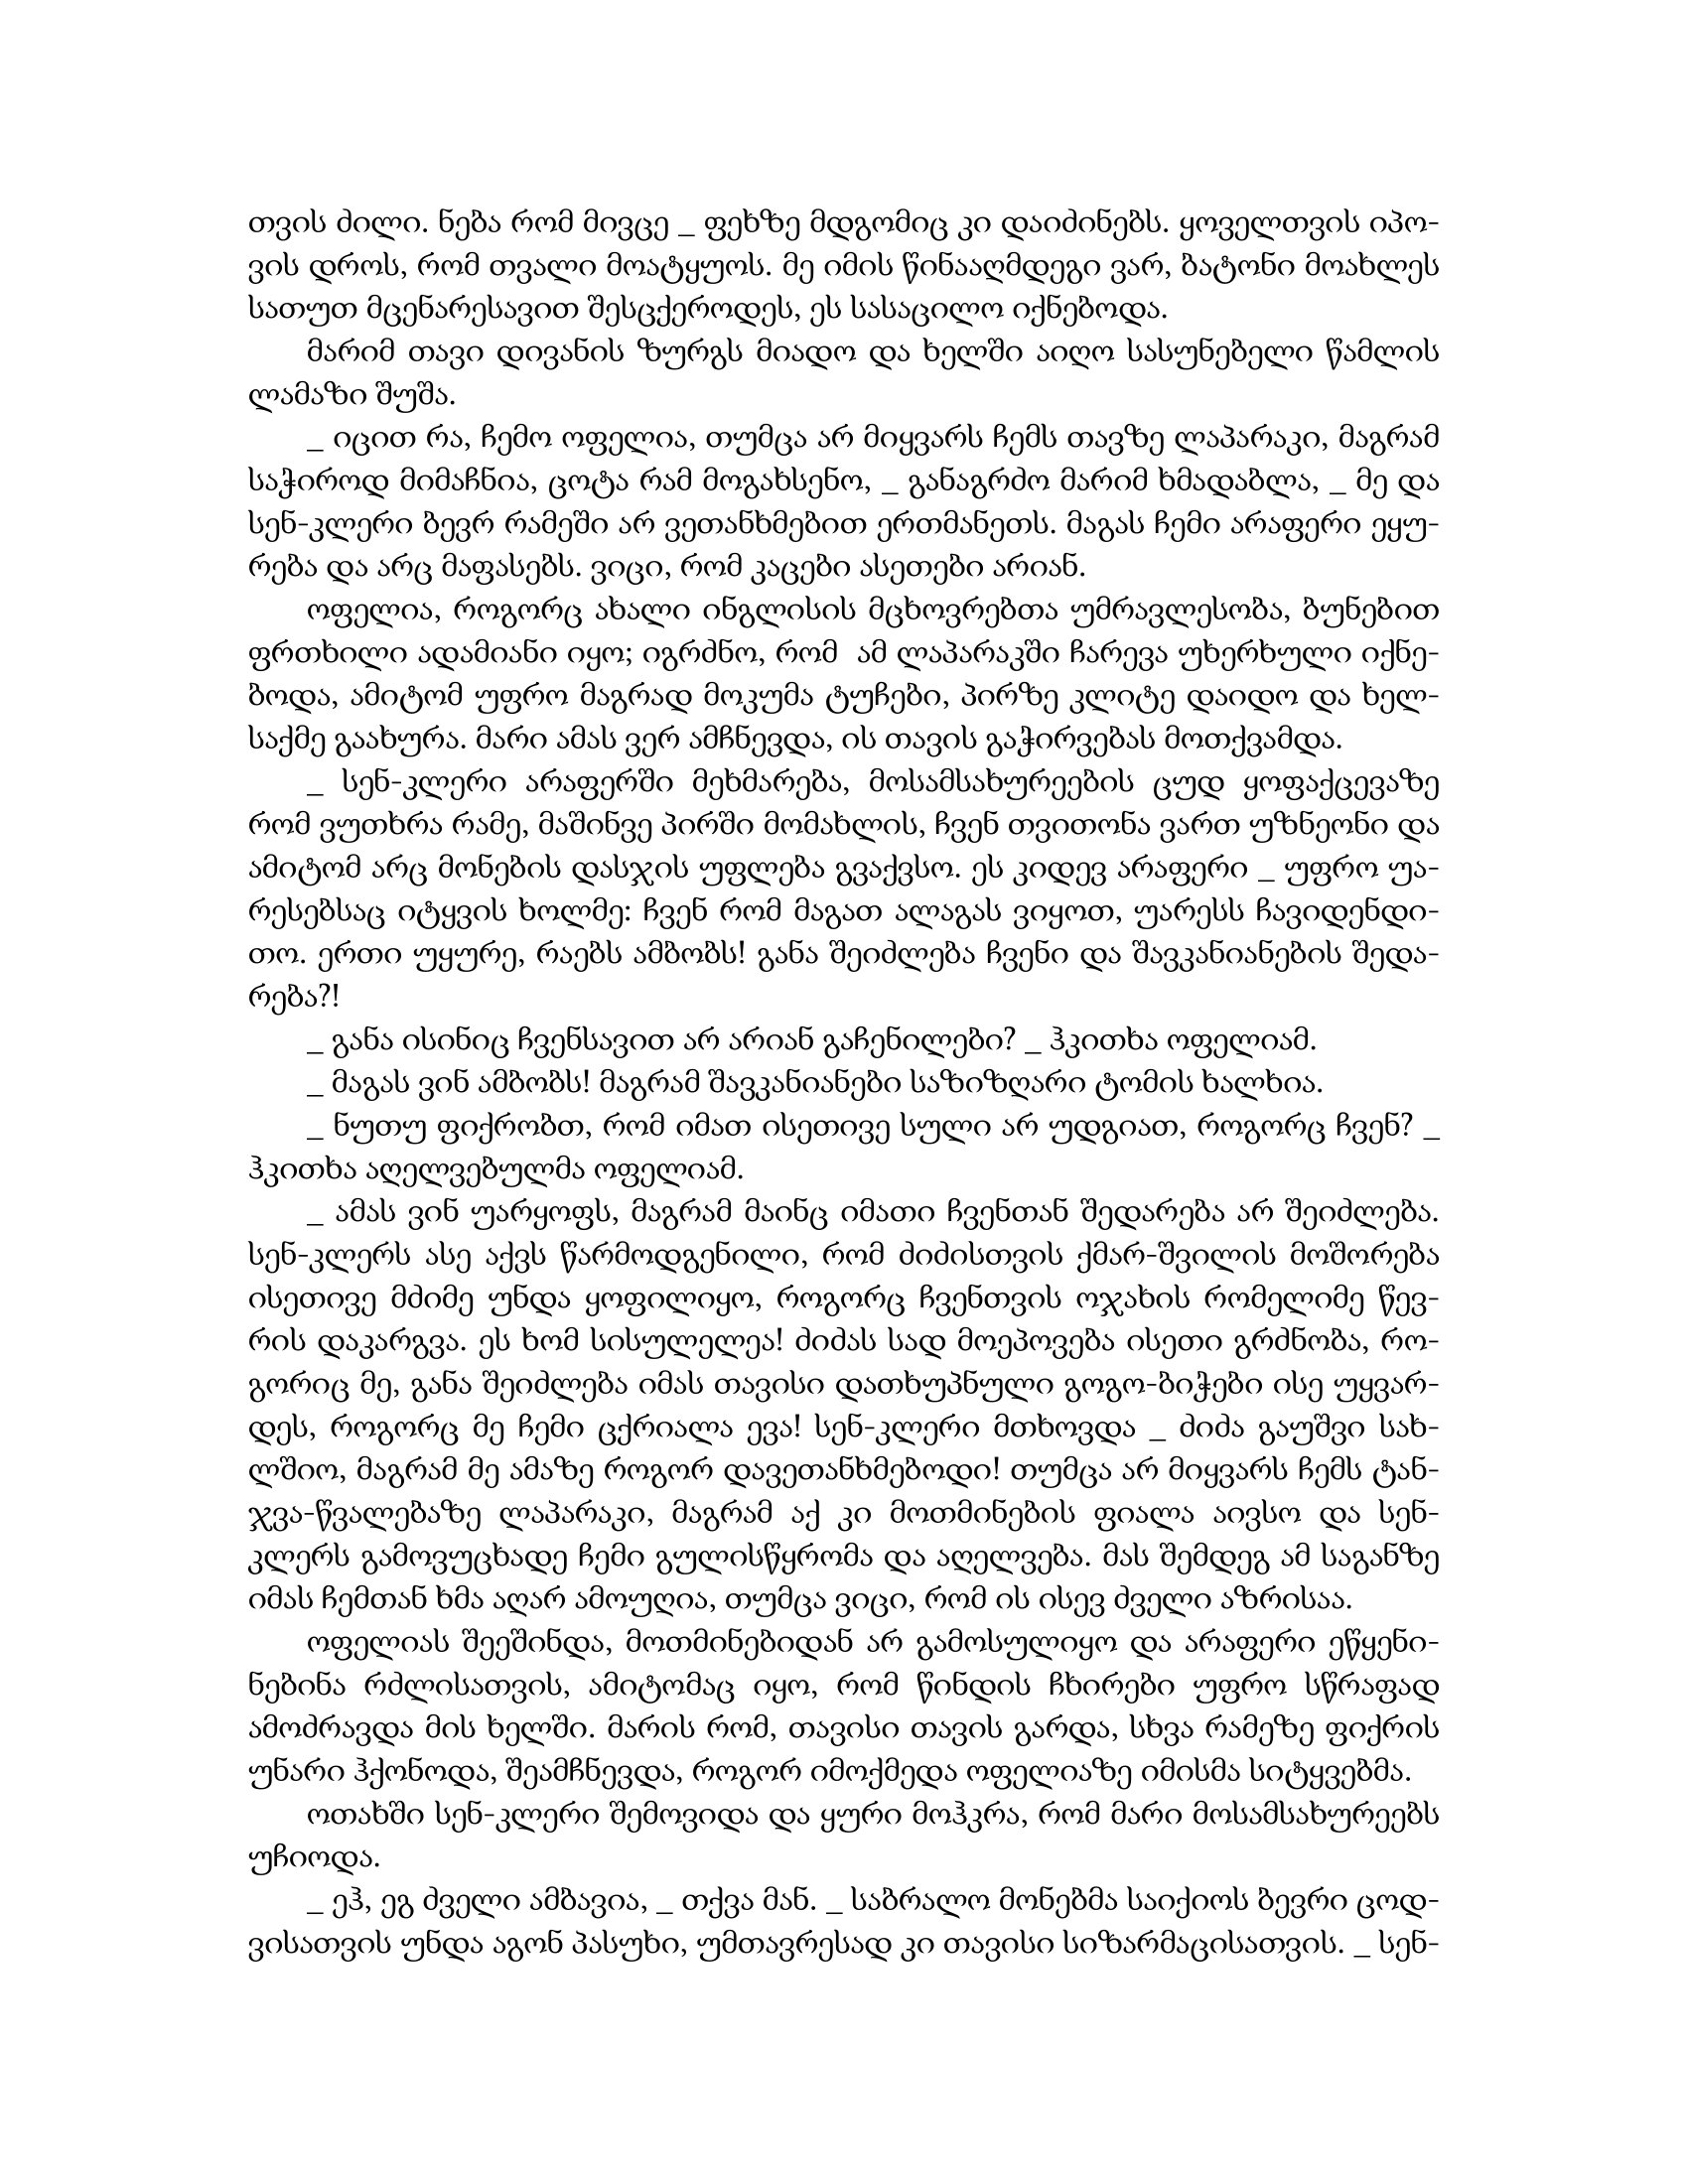
Language: gr